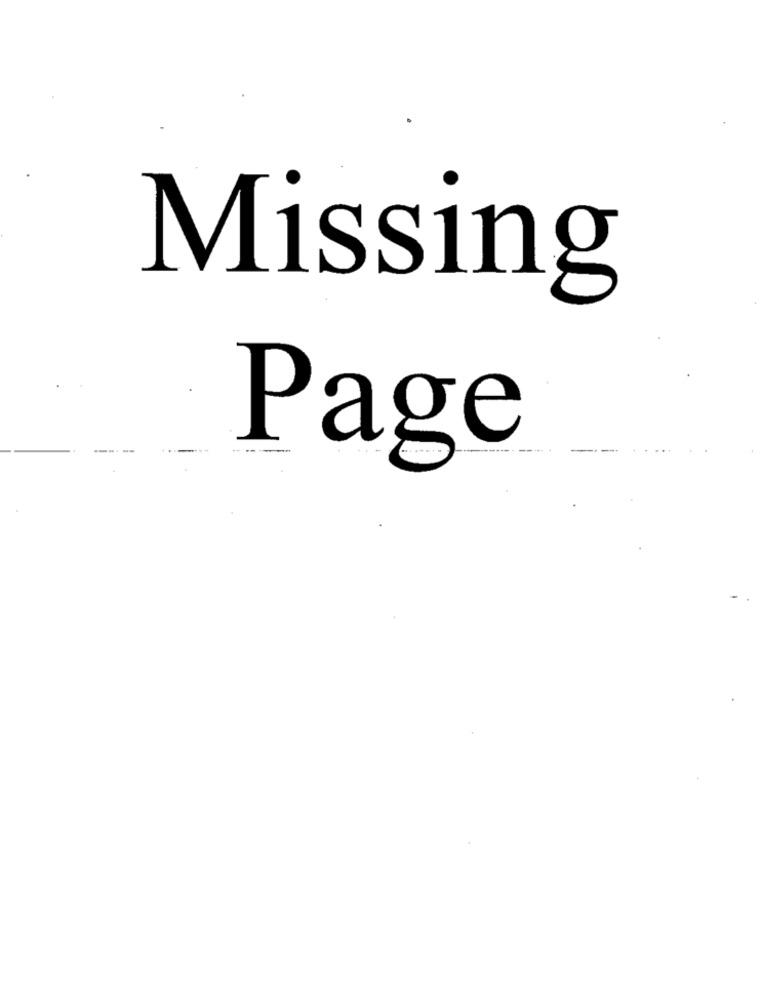
Missing
Page